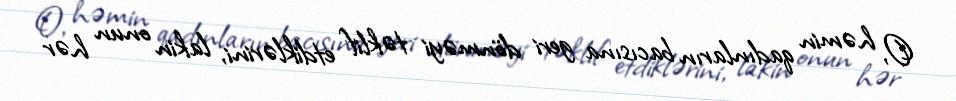
O, həmin qadınların bacısına geri dönməyi təklif etdiklərini, lakin onun hər